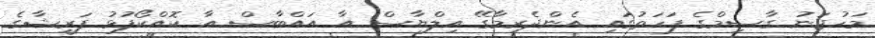
މަހުޖަނު ގާސިމްގެ ފަހަތުގައި އެންދެރިމާގޭ އިލްޔާސް އާ އައްބާސް އާ ކޮއްކޯފުޅު ފަރީޝާގެ